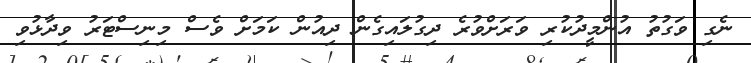
ނެގި ވަގުތު އުންމީދުކުރި ވަރަށްވުރެ ދިގުލައިގެން ދިއުން ކަމަށް ވެސް މިނިސްޓަރު ވިދާޅުވި